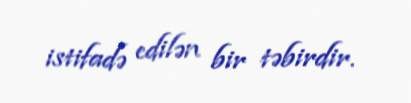
istifadə edilən bir təbirdir.